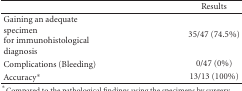
<table><thead><tr><td><b> </b></td><td><b>Results</b></td></tr></thead><tbody><tr><td>Gaining an adequate specimen for immunohistological diagnosis</td><td>35/47 (74.5%)</td></tr><tr><td>Complications (Bleeding)</td><td>0/47 (0%)</td></tr><tr><td>Accuracy*</td><td>13/13 (100%)</td></tr></tbody></table>